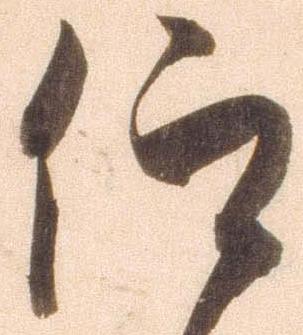
仰